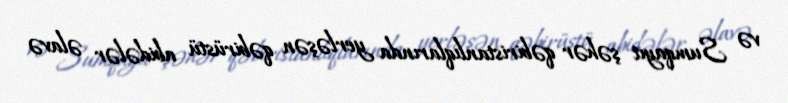
və Sumqayıt şəhər qəbiristanlıqlarında yerləşən qəbirüstü abidələr əlavə